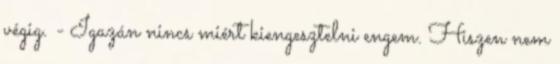
végig. - Igazán nincs miért kiengesztelni engem. Hiszen nem